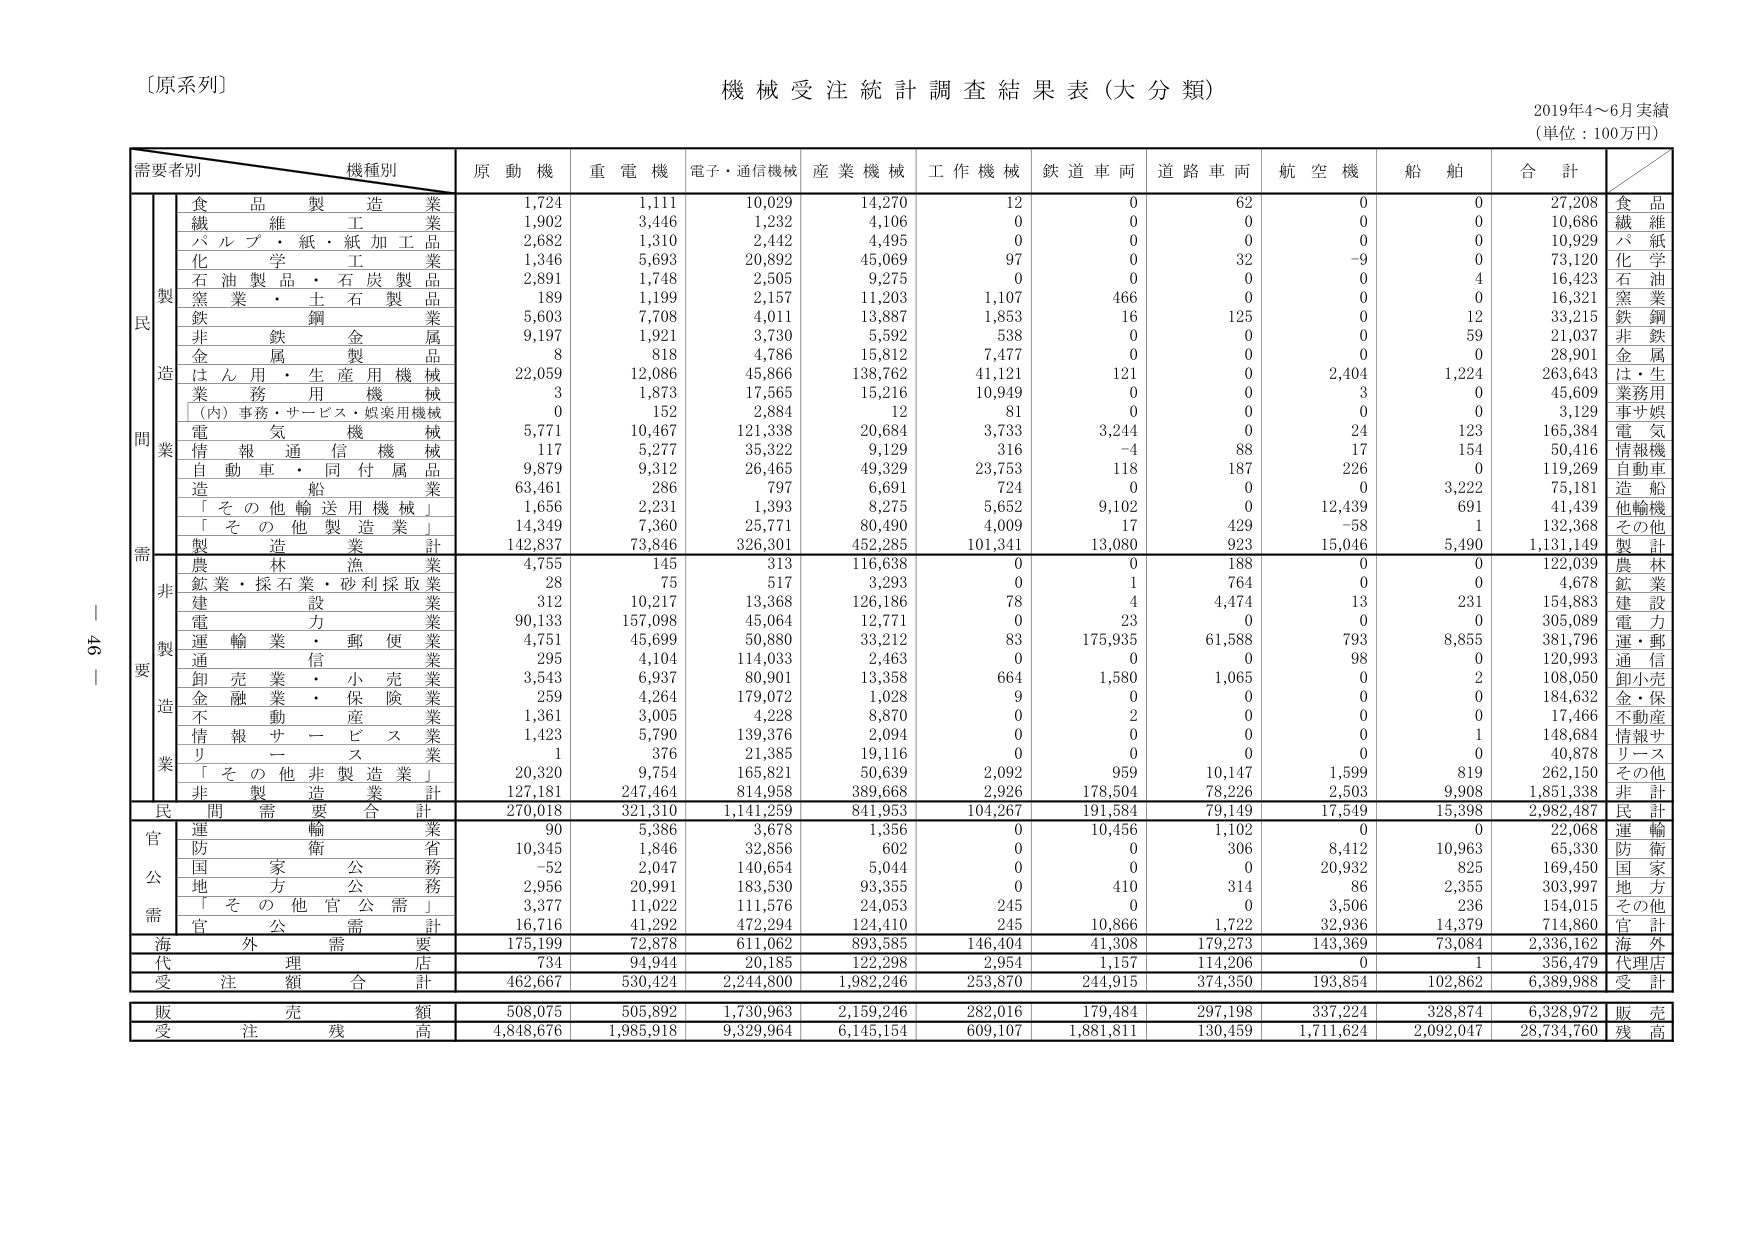
〔原系列〕
機械受注統計調査結果表（大分類）
2019年4～6月実績
（単位：100万円）

需要者別　機種別
原動機　重電機　電子・通信機械　産業機械　工作機械　鉄道車両　道路車両　航空機　船舶　合計

民
製
造
需
要
業
食　品　製　造　業　　　1,724　1,111　10,029　14,270　12　0　62　0　0　27,208　食　品
繊　維　工　業　　　1,902　3,446　1,232　4,106　0　0　0　0　0　10,686　繊　維
パ　ル　プ　・　紙　・　紙　加　工　品　　　2,682　1,310　2,442　4,495　0　0　0　0　0　10,929　パ　紙
化　学　工　業　　　1,346　5,693　20,892　45,069　97　0　32　-9　0　73,120　化　学
石　油　製　品　・　石　炭　製　品　　　2,891　1,748　2,505　9,275　0　0　0　0　4　16,423　石　油
窯　業　・　土　石　製　品　　　189　1,199　2,157　11,203　1,107　466　0　0　0　16,321　窯　業
鉄　鋼　業　　　5,603　7,708　4,011　13,887　1,853　16　125　0　12　33,215　鉄　鋼
非　鉄　金　属　　　9,197　1,921　3,730　5,592　538　0　0　0　59　21,037　非　鉄
金　属　製　品　　　8　818　4,786　15,812　7,477　0　0　0　0　28,901　金　属
は　ん　用　・　生　産　用　機　械　　　22,059　12,086　45,866　138,762　41,121　121　0　2,404　1,224　263,643　は・生
業　務　用　機　械　　　3　1,873　17,565　15,216　10,949　0　0　3　0　45,609　業務用
（内）事務・サービス・娯楽用機械　　　0　152　2,884　12　81　0　0　0　0　3,129　事サ娯
電　気　機　械　　　5,771　10,467　121,338　20,684　3,733　3,244　0　24　123　165,384　電　気
情　報　通　信　機　械　　　117　5,277　35,322　9,129　316　-4　88　17　154　50,416　情報機
自　動　車　・　同　付　属　品　　　9,879　9,312　26,465　49,329　23,753　118　187　226　0　119,269　自動車
造　船　　　63,461　286　797　6,691　724　0　0　0　3,222　75,181　造　船
「　そ　の　他　輸　送　用　機　械　」　　　1,656　2,231　1,393　8,275　5,652　9,102　0　12,439　691　41,439　他輸機
「　そ　の　他　製　造　業　」　　　14,349　7,360　25,771　80,490　4,009　17　429　-58　1　132,368　その他
製　造　業　計　　　142,837　73,846　326,301　452,285　101,341　13,080　923　15,046　5,490　1,131,149　製　計

非
製
造
業
農　林　漁　業　　　4,755　145　313　116,638　0　0　188　0　0　122,039　農　林
鉱業・採石業・砂利採取業　　　28　75　517　3,293　0　1　764　0　0　4,678　鉱　業
建　設　業　　　312　10,217　13,368　126,186　78　4　4,474　13　231　154,883　建　設
電　力　業　　　90,133　157,098　45,064　12,771　0　23　0　0　0　305,089　電　力
運　輸　業　・　郵　便　業　　　4,751　45,699　50,880　33,212　83　175,935　61,588　793　8,855　381,796　運・郵
通　信　業　　　295　4,104　114,033　2,463　0　0　0　98　0　120,993　通　信
卸　売　業　・　小　売　業　　　3,543　6,937　80,901　13,358　664　1,580　1,065　0　2　108,050　卸小売
金　融　業　・　保　険　業　　　259　4,264　179,072　1,028　9　0　0　0　0　184,632　金・保
不　動　産　業　　　1,361　3,005　4,228　8,870　0　2　0　0　0　17,466　不動産
情　報　サ　ー　ビ　ス　業　　　1,423　5,790　139,376　2,094　0　0　0　0　1　148,684　情報サ
リ　ー　ス　業　　　1　376　21,385　19,116　0　0　0　0　0　40,878　リース
「　そ　の　他　非　製　造　業　」　　　20,320　9,754　165,821　50,639　2,092　959　10,147　1,599　819　262,150　その他
非　製　造　業　計　　　127,181　247,464　814,958　389,668　2,926　178,504　78,226　2,503　9,908　1,851,338　非　計

民　間　需　要　合　計　　　270,018　321,310　1,141,259　841,953　104,267　191,584　79,149　17,549　15,398　2,982,487　民　計

官
公
需
運　輸　業　　　90　5,386　3,678　1,356　0　10,456　1,102　0　0　22,068　運　輸
防　衛　省　　　10,345　1,846　32,856　602　0　0　306　8,412　10,963　65,330　防　衛
国　家　公　務　　　-52　2,047　140,654　5,044　0　0　0　20,932　825　169,450　国　家
地　方　公　務　　　2,956　20,991　183,530　93,355　0　410　314　86　2,355　303,997　地　方
「　そ　の　他　官　公　需　」　　　3,377　11,022　111,576　24,053　245　0　0　3,506　236　154,015　その他
官　公　需　計　　　16,716　41,292　472,294　124,410　245　10,866　1,722　32,936　14,379　714,860　官　計

海　外　需　要　　　175,199　72,878　611,062　893,585　146,404　41,308　179,273　143,369　73,084　2,336,162　海　外

代　理　店　　　734　94,944　20,185　122,298　2,954　1,157　114,206　0　1　356,479　代理店

受　注　額　合　計　　　462,667　530,424　2,244,800　1,982,246　253,870　244,915　374,350　193,854　102,862　6,389,988　受　計

販　売　額　　　508,075　505,892　1,730,963　2,159,246　282,016　179,484　297,198　337,224　328,874　6,328,972　販　売

受　注　残　高　　　4,848,676　1,985,918　9,329,964　6,145,154　609,107　1,881,811　130,459　1,711,624　2,092,047　28,734,760　残　高

946　｜